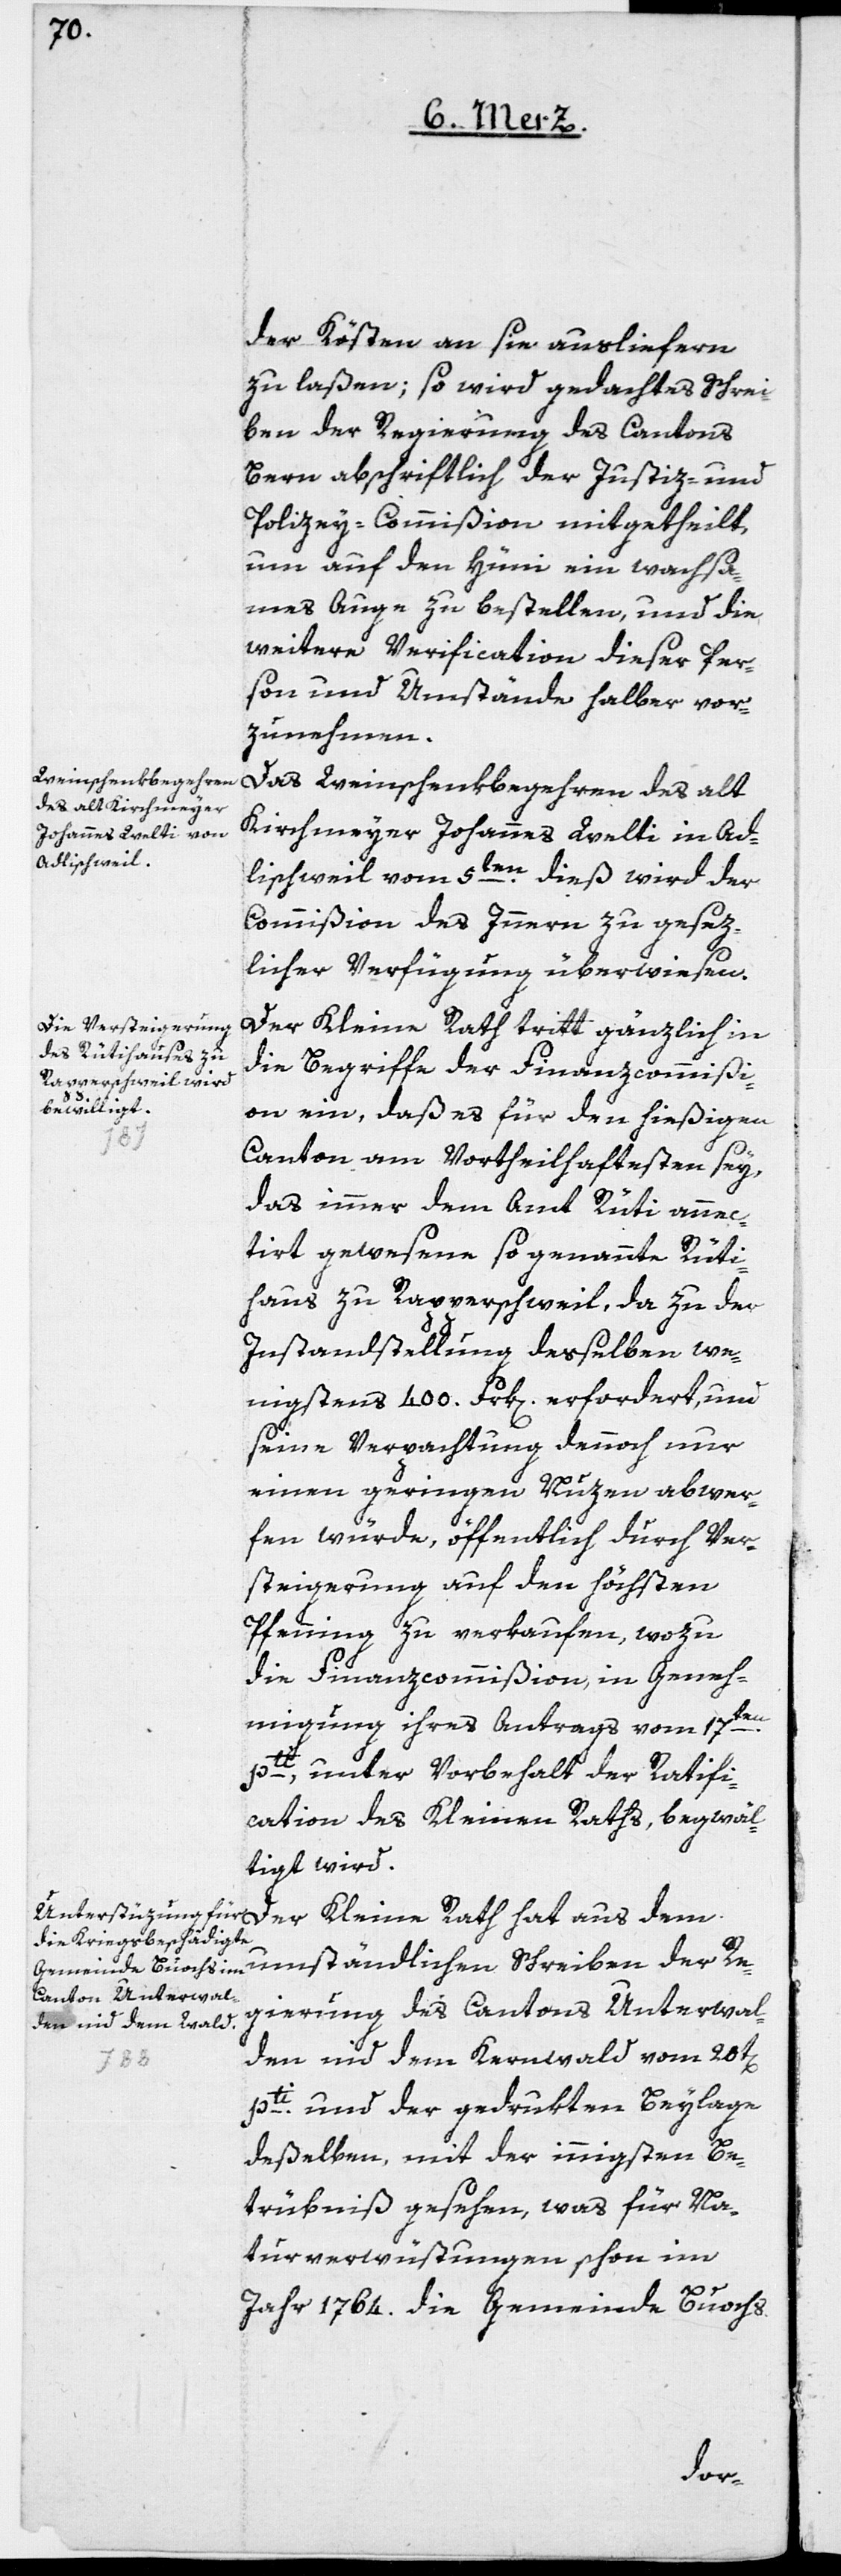
der Kösten an sie ausliefern
zu laßen; so wird gedachtes Schrei¬
ben der Regierung des Cantons
Bern abschriftlich der Justiz- und
Polizey-Commißion mitgetheilt,
um auf den Hüni ein wachsa¬
mes Auge zu bestellen, und die
weitere Verification dieser Per¬
son und Umstände halber vor¬
zunehmen.
Kirchmeyer Johannes Welti in Ad¬
lischweil vom 5ten dieß, wird der
Commißion des Innern zu gesez¬
licher Verfügung überwiesen.
Der Kleine Rath tritt gänzlich in
die Begriffe der Finanzcommißi¬
on ein, daß es für den hießigen
Canton am Vortheilhaftesten sey,
das immer dem Amt Rüti annec¬
tirt gewesene sogenannte Rüti¬
haus zu Rapperschweil, da zu der
Instandstellung desselben we¬
nigsten 400. Frk[en] erfordert, und
seine Verpachtung dennoch nur
einen geringen Nuzen abwer¬
fen würde, öffentlich durch Ver¬
steigerung auf den höchsten
Pfenning zu verkaufen, wozu
die Finanzcommißion, in Geneh¬
migung ihres Antrags vom 17ten
alt
pti, unter Vorbehalt der Ratifi¬
cation des Kleinen Raths, begwäl¬
tigt wird.
umständlichen Schreiben der Re¬
gierung des Cantons Unterwal¬
den nid dem Kernwald vom 20t[en]
pti und der gedrukten Beylage
deßelben, mit der innigsten Be¬
trübniß gesehen, was für Na¬
turverwüstungen schon im
Jahr 1764. die Gemeinde Buochs
Der